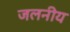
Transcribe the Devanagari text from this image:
जलनीय